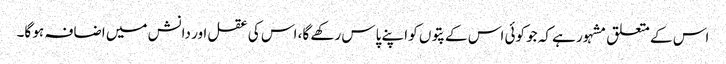
اس کے متعلق مشہور ہے کہ جو کوئی اس کے پتوں کو اپنے پاس رکھے گا، اس کی عقل اور دانش میں اضافہ ہو گا۔